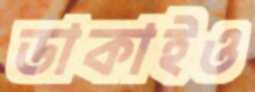
ডাকাইও